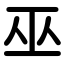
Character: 巫